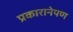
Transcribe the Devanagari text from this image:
प्रकारानेपण